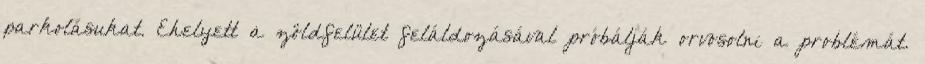
parkolásukat. Ehelyett a zöldfelület feláldozásával próbálják orvosolni a problémát.